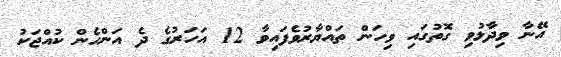
އޭނާ ވިދާޅުވި ގޮތުގައި ވިހަން ތައްޔާރުވެފައިވާ 12 އަހަރުގެ ދެ އަންހެން ކުއްޖަކު